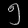
Digit: ၅